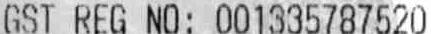
GST REG NO: 001335787520